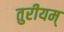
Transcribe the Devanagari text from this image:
तुरीयम्